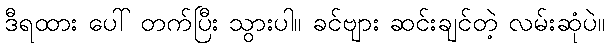
ဒီရထား ပေါ် တက်ပြီး သွားပါ။ ခင်ဗျား ဆင်းချင်တဲ့ လမ်းဆုံပဲ။